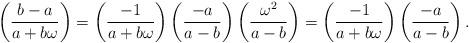
LaTeX: \begin{align*} \left(\frac{b-a}{a+b\omega}\right)=\left(\frac{-1}{a+b\omega}\right) \left(\frac {-a}{a-b}\right)\left(\frac {\omega^2}{a-b}\right)=\left(\frac{-1}{a+b\omega}\right) \left(\frac {-a}{a-b}\right).\end{align*}